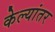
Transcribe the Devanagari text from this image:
केल्यांतर